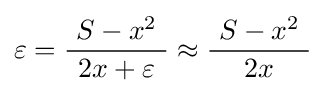
\varepsilon ={\frac {\ S-x^{2}\ }{\ 2x+\varepsilon \ }}\approx {\frac {\ S-x^{2}\ }{2x}}\